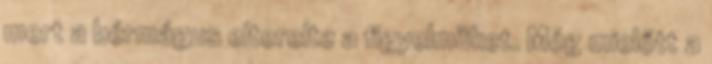
mert a bérmágus elterelte a figyelmüket. Még mielőtt a